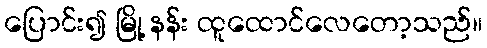
ပြောင်း၍ မြို့ နန်း ထူထောင်လေတော့သည်။